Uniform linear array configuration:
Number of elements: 32
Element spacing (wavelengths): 0.5
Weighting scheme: kaiser
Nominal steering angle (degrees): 30
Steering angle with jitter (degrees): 31.817
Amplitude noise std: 0.05
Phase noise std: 0.05

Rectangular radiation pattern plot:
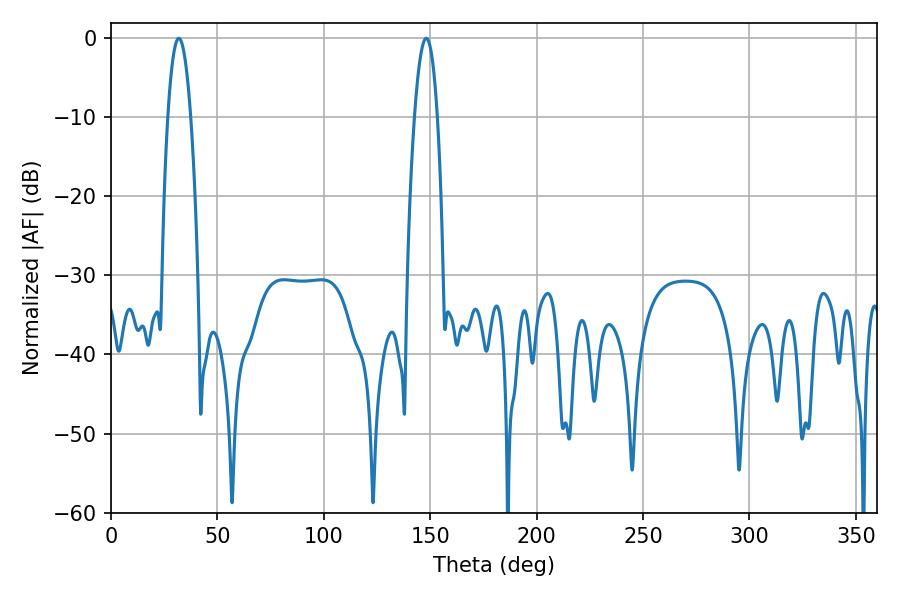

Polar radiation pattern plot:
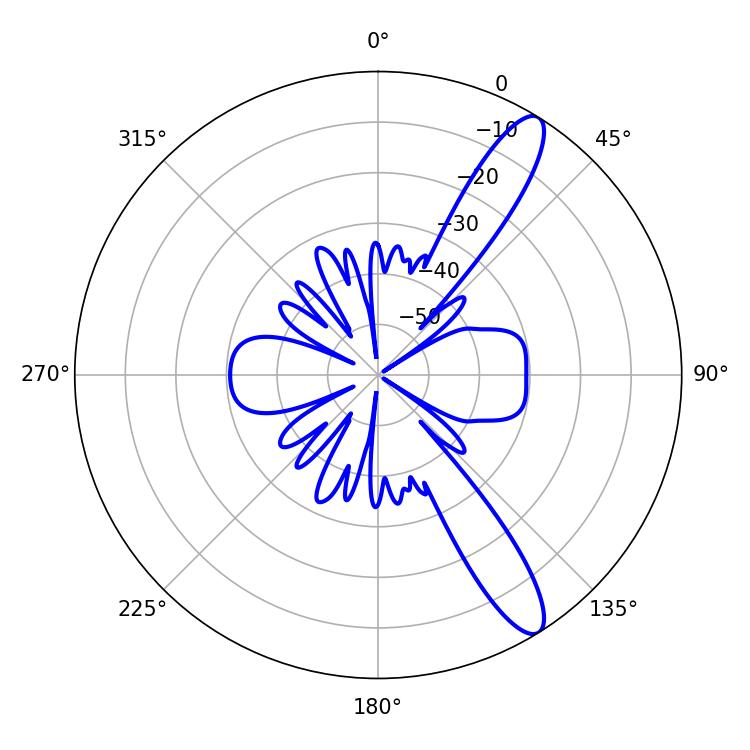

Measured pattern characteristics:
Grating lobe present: FALSE
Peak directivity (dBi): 12.282
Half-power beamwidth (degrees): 5.94
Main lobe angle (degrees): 31.86